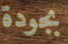
بجودة